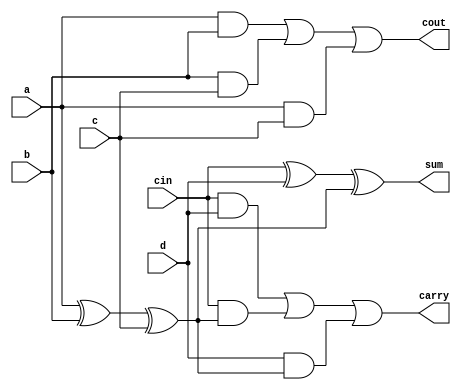
// This program was cloned from: https://github.com/siliconcompiler/lambdalib
// License: MIT License

//#############################################################################
//# Function: Carry Save Adder (4:2) (aka 5:3)                                #
//# Copyright: Lambda Project Authors. All rights Reserved.                   #
//# License:  MIT (see LICENSE file in Lambda repository)                     #
//#############################################################################

module la_csa42 #(
    parameter PROP = "DEFAULT"
) (
    input  a,
    input  b,
    input  c,
    input  d,
    input  cin,
    output sum,
    output carry,
    output cout
);

    assign cout   = (a & b) | (b & c) | (a & c);
    assign sumint = a ^ b ^ c;
    assign sum    = cin ^ d ^ sumint;
    assign carry  = (cin & d) | (cin & sumint) | (d & sumint);

endmodule